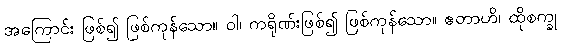
အကြောင်း ဖြစ်၍ ဖြစ်ကုန်သော။ ဝါ၊ ကရိုဏ်းဖြစ်၍ ဖြစ်ကုန်သော။ ဧတာဟိ၊ ထိုစက္ခု